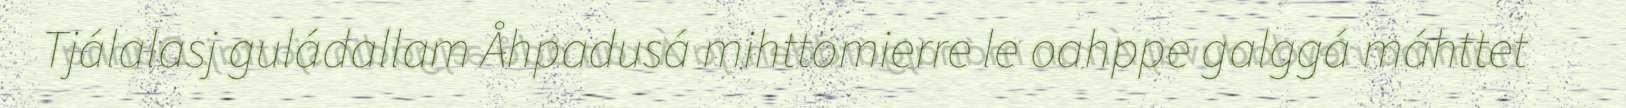
Tjálalasj guládallam Åhpadusá mihttomierre le oahppe galggá máhttet